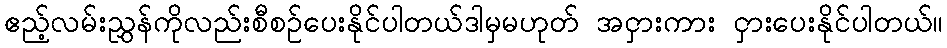
ဧည့်လမ်းညွှန်ကိုလည်းစီစဉ်ပေးနိုင်ပါတယ်ဒါမှမဟုတ် အငှားကား ငှားပေးနိုင်ပါတယ်။